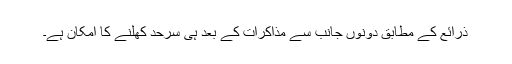
ذرائع کے مطابق دونوں جانب سے مذاکرات کے بعد ہی سرحد کھلنے کا امکان ہے۔